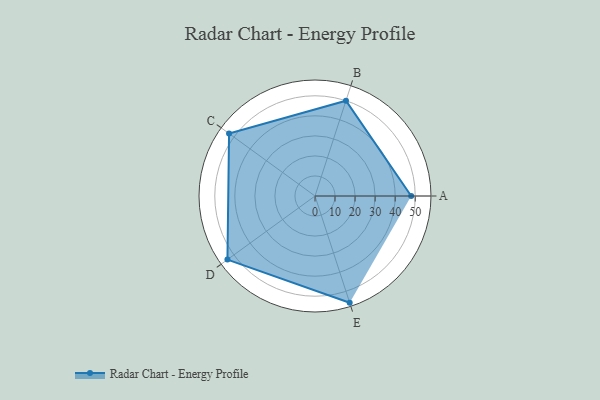
{"axis": {"x": "Skill", "y": "Score"}, "legend": ["Profile"], "data": [{"x": "A", "y": 48.0, "type": "Profile"}, {"x": "B", "y": 50.0, "type": "Profile"}, {"x": "C", "y": 53.0, "type": "Profile"}, {"x": "D", "y": 54.0, "type": "Profile"}, {"x": "E", "y": 56.0, "type": "Profile"}]}